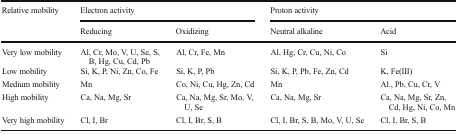
<table><thead><tr><td rowspan="2"><b>Relative mobility</b></td><td colspan="2"><b>Electron activity</b></td><td colspan="2"><b>Proton activity</b></td></tr><tr><td><b>Reducing</b></td><td><b>Oxidizing</b></td><td><b>Neutral alkaline</b></td><td><b>Acid</b></td></tr></thead><tbody><tr><td>Very low mobility</td><td>Al, Cr, Mo, V, U, Se, S, B, Hg, Cu, Cd, Pb</td><td>Al, Cr, Fe, Mn</td><td>Al, Hg, Cr, Cu, Ni, Co</td><td>Si</td></tr><tr><td>Low mobility</td><td>Si, K, P, Ni, Zn, Co, Fe</td><td>Si, K, P, Pb</td><td>Si, K, P, Pb, Fe, Zn, Cd</td><td>K, Fe(III)</td></tr><tr><td>Medium mobility</td><td>Mn</td><td>Co, Ni, Cu, Hg, Zn, Cd</td><td>Mn</td><td>Al., Pb, Cu, Cr, V</td></tr><tr><td>High mobility</td><td>Ca, Na, Mg, Sr</td><td>Ca, Na, Mg, Sr, Mo, V, U, Se</td><td>Ca, Na, Mg, Sr</td><td>Ca, Na, Mg, Sr, Zn, Cd, Hg, Ni, Co, Mn</td></tr><tr><td>Very high mobility</td><td>Cl, I, Br</td><td>Cl, I, Br, S, B</td><td>Cl, I, Br, S, B, Mo, V, U, Se</td><td>Cl, I, Br, S, B</td></tr></tbody></table>